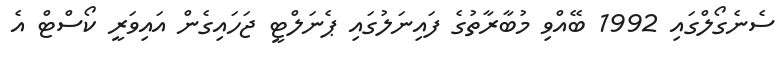
ސެނެގޯލްގައި 1992 ބޭއްވި މުބާރާތުގެ ފައިނަލުގައި ޕެނަލްޓީ ޖަހައިގެން އައިވަރީ ކޯސްޓް އެ